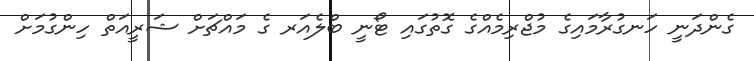
ގެންދަނީ ހަނގުރާމައިގެ މުޖްރިމެއްގެ ގޮތުގައި ޓޯނީ ބްލެއަރ ގެ މައްޗަށް ޝަރީއަތް ހިންގުމަށް